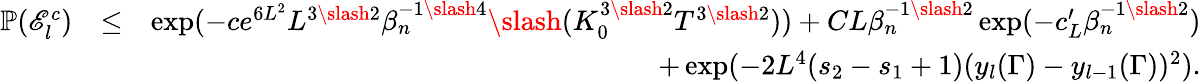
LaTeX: \begin{array}{rlr}{\mathbb{P}(\mathscr{E}_{l}^{c})}&{\leq}&{\exp(-ce^{6L^{2}}L^{3\slash 2}\beta_{n}^{-1\slash 4}\slash(K_{0}^{3\slash 2}T^{3\slash 2}))+CL\beta_{n}^{-1\slash 2}\exp(-c_{L}^{\prime}\beta_{n}^{-1\slash 2})}\\ &{}&{+\exp(-2L^{4}(s_{2}-s_{1}+1)(y_{l}(\Gamma)-y_{l-1}(\Gamma))^{2}).}\end{array}